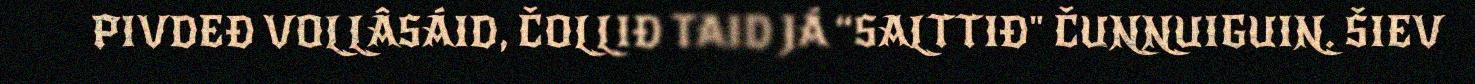
PIVDEĐ VOLLÂSÁID, ČOLLIĐ TAID JÁ “SALTTIĐ" ČUNNUIGUIN. ŠIEV